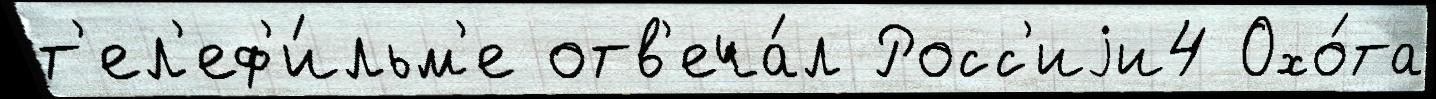
т'ел'еф'и́льм'е отв'еча́л Росс'иjи4 Охо́та